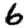
Digit: 6